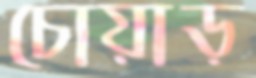
চোয়াড়